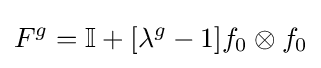
F^{g}=\mathbb {I} +[\lambda ^{g}-1]f_{0}\otimes f_{0}